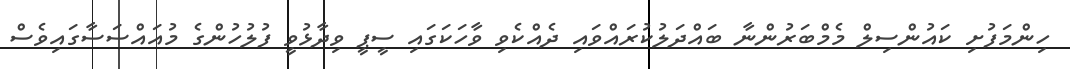
ހިންމަފުށި ކައުންސިލް މެމްބަރުންނާ ބައްދަލުކުރައްވައި ދެއްކެވި ވާހަކަގައި ސީޕީ ވިދާޅުވީ ފުލުހުންގެ މުއައްސަސާގައިވެސް